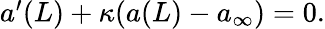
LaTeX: \begin{array}{r}{{a}^{\prime}(L)+\kappa({a}(L)-{a}_{\infty})=0.}\end{array}